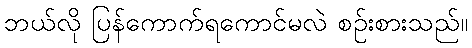
ဘယ်လို ပြန်ကောက်ရကောင်မလဲ စဉ်းစားသည်။